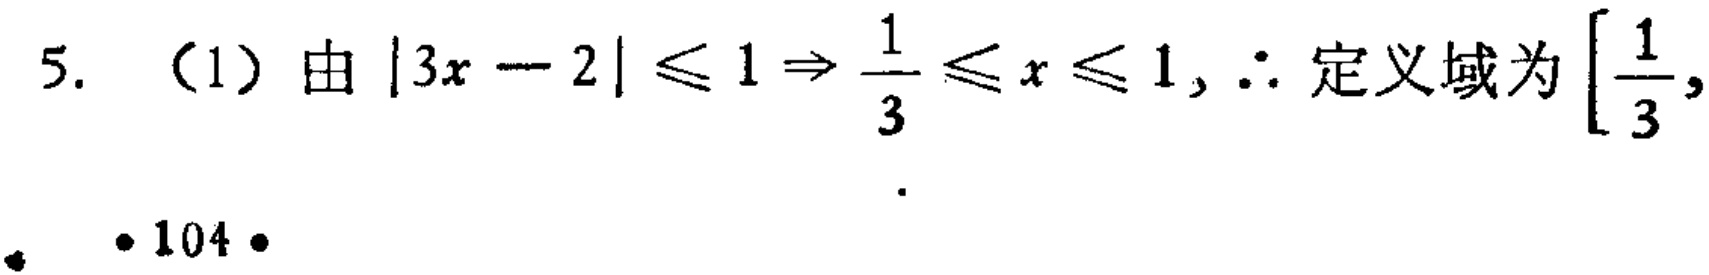
5. （1）由\(\vert 3x - 2\vert \leq 1\Rightarrow \frac{1}{3} \leq x \leq 1,\therefore\)定义域为\(\left[\frac{1}{3},\right.\)
\cdot 104\cdot